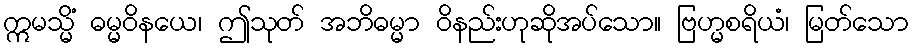
ဣမသ္မိံ ဓမ္မဝိနယေ၊ ဤသုတ် အဘိဓမ္မာ ဝိနည်းဟုဆိုအပ်သော။ ဗြဟ္မစရိယံ၊ မြတ်သော